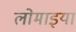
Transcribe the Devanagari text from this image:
लोमाइया